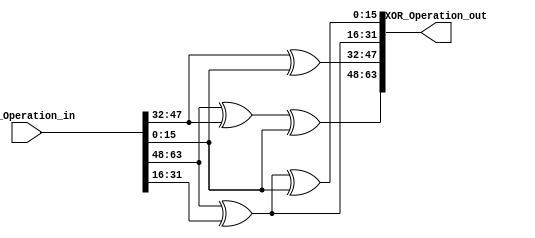
`timescale 1ns / 1ps

module XOR_Operation(
    input  [63:0] XOR_Operation_in,
    output [63:0] XOR_Operation_out 
);


assign XOR_Operation_out[63:48]  = XOR_Operation_in[63:48] ^ XOR_Operation_in[47:32] ^ XOR_Operation_in[15:0];
assign XOR_Operation_out[47:32] = XOR_Operation_in[47:32] ^ XOR_Operation_in[15:0];
assign XOR_Operation_out[31:16] = XOR_Operation_in[63:48] ^ XOR_Operation_in[31:16];
assign XOR_Operation_out[15:0] = XOR_Operation_in[63:48] ^ XOR_Operation_in[31:16] ^ XOR_Operation_in[15:0];





endmodule